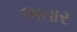
અતાર